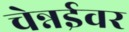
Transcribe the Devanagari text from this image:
चेन्नईवर